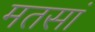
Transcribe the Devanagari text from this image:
मतसां